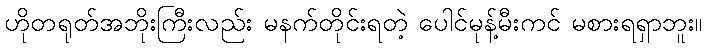
ဟိုတရုတ်အဘိုးကြီးလည်း မနက်တိုင်းရတဲ့ ပေါင်မုန့်မီးကင် မစားရရှာဘူး။